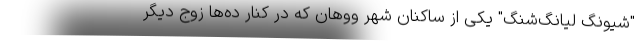
"شیونگ لیانگ‌شنگ" یکی از ساکنان شهر ووهان که در کنار ده‌ها زوج دیگر